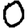
Digit: 0